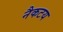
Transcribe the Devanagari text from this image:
नैकटय